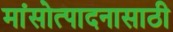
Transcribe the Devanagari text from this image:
मांसोत्पादनासाठी